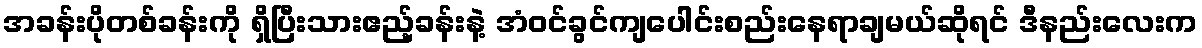
အခန်းပိုတစ်ခန်းကို ရှိပြီးသားဧည့်ခန်းနဲ့ အံဝင်ခွင်ကျပေါင်းစည်းနေရာချမယ်ဆိုရင် ဒီနည်းလေးက